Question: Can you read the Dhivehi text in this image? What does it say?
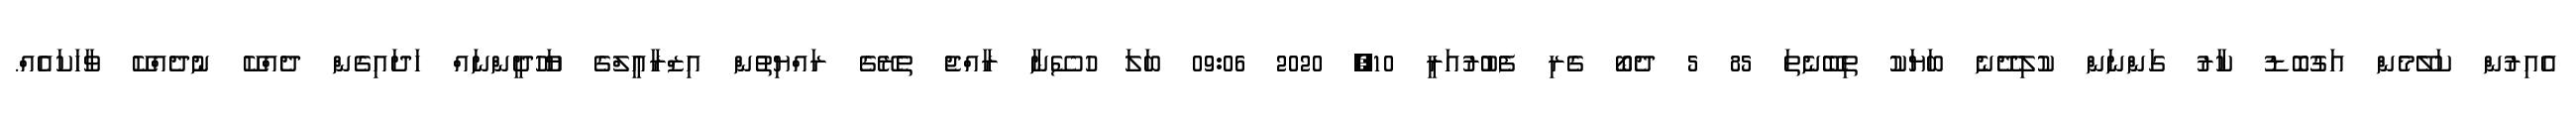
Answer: އެއިރުން ކަލޭމެން އަގުބޮޑު ކާރު ގަންނަން ކުލިދޭނެ ބަޔަކު ތިބޭނެތަ 85 5 ދެބޯ ގެރި ފެބުރުއަރީ 10, 2020 09:06 ބަލަ ހުސޭނާ ރާއްޖެ ތެރޭގެ ރައްޔިތުން އިޒްރާއީލްގެ ޔަހޫދީންނައް ހަދައިގެން ދެއްކޭ ނުދެއްކޭ ވާހަކައެއް.